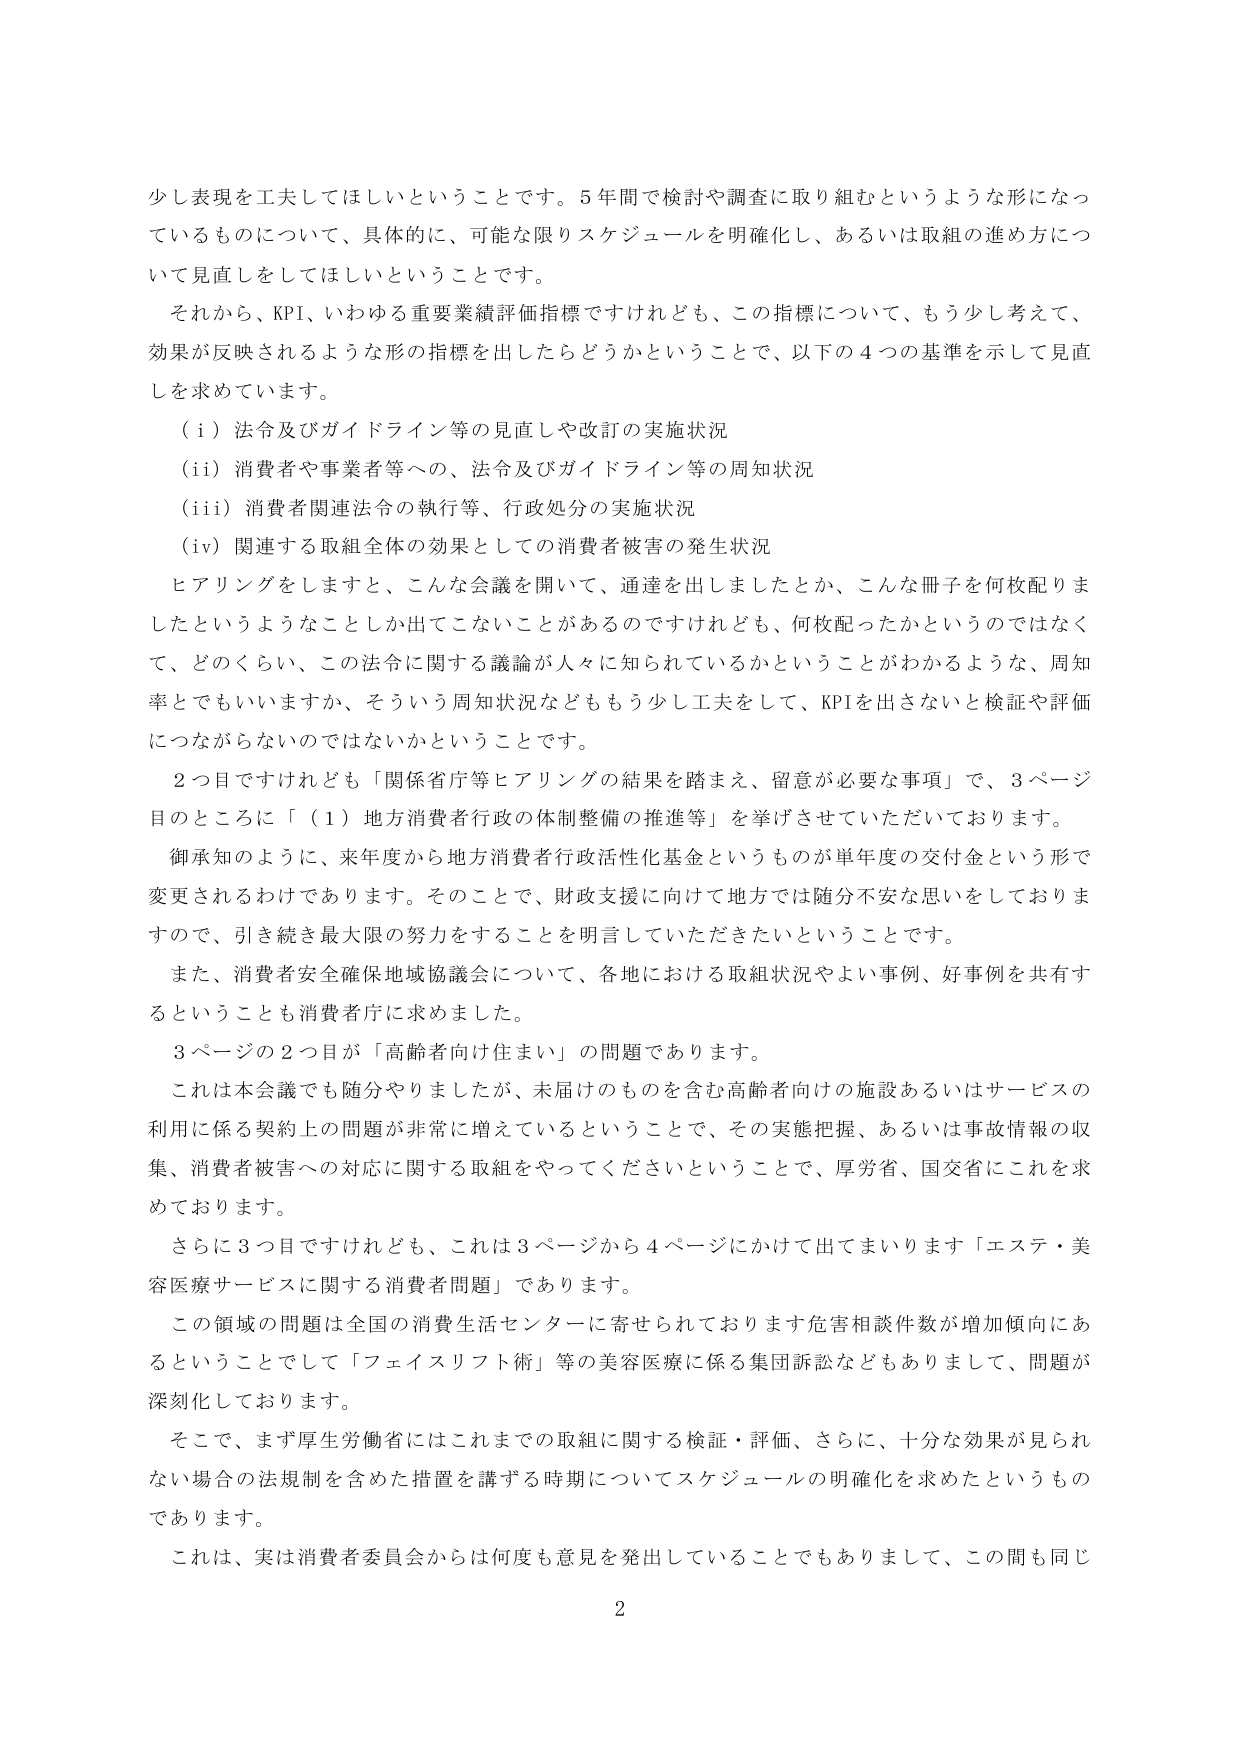
少し表現を工夫してほしいということです。5年間で検討や調査に取り組むというような形になっているものについて、具体的に、可能な限りスケジュールを明確化し、あるいは取組の進め方について見直しをしてほしいということです。

それから、KPI、いわゆる重要業績評価指標ですけれども、この指標について、もう少し考えて、効果が反映されるような形の指標を出したらどうかということで、以下の4つの基準を示して見直しを求めています。

（i）法令及びガイドライン等の見直しや改訂の実施状況
（ii）消費者や事業者等への、法令及びガイドライン等の周知状況
（iii）消費者関連法令の執行等、行政処分の実施状況
（iv）関連する取組全体の効果としての消費者被害の発生状況

ヒアリングをしますと、こんな会議を開いて、通達を出しましたとか、こんな冊子を何枚配りましたというようなことしか出てこないことがあるのですけれども、何枚配ったかというのではなくて、どのくらい、この法令に関する議論が人々に知られているかということがわかるような、周知率とでもいいますか、そういう周知状況などももう少し工夫をして、KPIを出さないと検証や評価につながらないのではないかということです。

2つ目ですけれども「関係省庁等ヒアリングの結果を踏まえ、留意が必要な事項」で、3ページ目のところに「（1）地方消費者行政の体制整備の推進等」を挙げさせていただいております。

御承知のように、来年度から地方消費者行政活性化基金というものが単年度の交付金という形で変更されるわけであります。そのことで、財政支援に向けて地方では随分不安な思いをしておりますので、引き続き最大限の努力をすることを明言していただきたいということです。

また、消費者安全確保地域協議会について、各地における取組状況やよい事例、好事例を共有するということも消費者庁に求めました。

3ページの2つ目が「高齢者向け住まい」の問題であります。

これは本会議でも随分やりましたが、未届けのものを含む高齢者向けの施設あるいはサービスの利用に係る契約上の問題が非常に増えているということで、その実態把握、あるいは事故情報の収集、消費者被害への対応に関する取組をやってくださいということで、厚労省、国交省にこれを求めております。

さらに3つ目ですけれども、これは3ページから4ページにかけて出てまいります「エステ・美容医療サービスに関する消費者問題」であります。

この領域の問題は全国の消費生活センターに寄せられております危害相談件数が増加傾向にあるということでして「フェイスリフト術」等の美容医療に係る集団訴訟などもありまして、問題が深刻化しております。

そこで、まず厚生労働省にはこれまでの取組に関する検証・評価、さらに、十分な効果が見られない場合の法規制を含めた措置を講ずる時期についてスケジュールの明確化を求めたというものです。

これは、実は消費者委員会からは何度も意見を発出していることでもありまして、この間も同じ

2